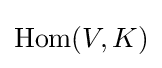
\mathrm {Hom} (V,K)